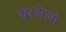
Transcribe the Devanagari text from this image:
घेरलेलो